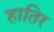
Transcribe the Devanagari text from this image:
हातिर